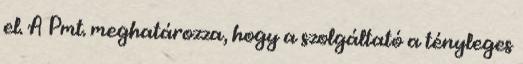
el. A Pmt. meghatározza, hogy a szolgáltató a tényleges